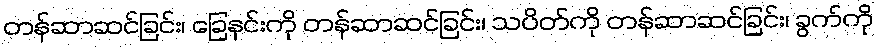
တန်ဆာဆင်ခြင်း၊ ခြေနင်းကို တန်ဆာဆင်ခြင်း၊ သပိတ်ကို တန်ဆာဆင်ခြင်း၊ ခွက်ကို